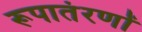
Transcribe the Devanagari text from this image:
रूपातंरणों